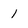
Character: 1